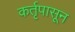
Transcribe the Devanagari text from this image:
कर्तृपासून